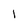
Character: 1